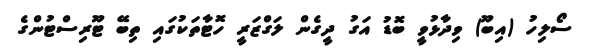
ސޯލިހު (އިބޫ) ވިދާޅުވީ ބޮޑު އަގު ދީގެން ލަގްޒަރީ ހޮޓާތަކުގައި ތިބޭ ޓޫރިސްޓުންގެ